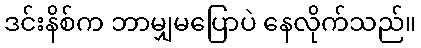
ဒင်းနိစ်က ဘာမျှမပြောပဲ နေလိုက်သည်။